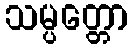
သမ္ပတ္တော